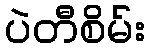
ပဲတီစိမ်း